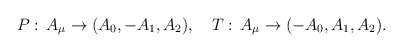
\begin{align*}P:\, A_{\mu}\rightarrow(A_{0},-A_{1},A_{2}),\quad T:\, A_{\mu}\rightarrow(-A_{0},A_{1}, A_{2}).\end{align*}